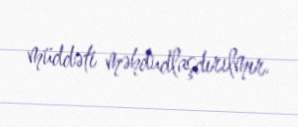
müddəti məhdudlaşdırılmır.